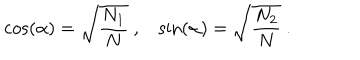
\cos ( \alpha ) = \sqrt { { \frac { N _ { 1 } } { N } } } ~ , \sin ( \alpha ) = \sqrt { { \frac { N _ { 2 } } { N } } } ~ .